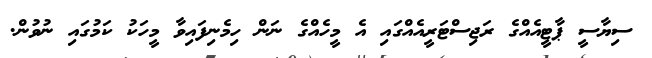
ސިޔާސީ ޕާޓީއެއްގެ ރަޖިސްޓަރީއެއްގައި އެ މީހެއްގެ ނަން ހިމެނިފައިވާ މީހަކު ކަމުގައި ނުވުން.